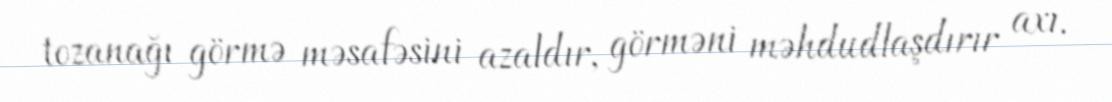
tozanağı görmə məsafəsini azaldır, görməni məhdudlaşdırır axı.